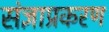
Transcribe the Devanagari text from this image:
संज्ञाप्रकरण